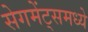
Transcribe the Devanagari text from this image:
सेगमेंट्समध्ये